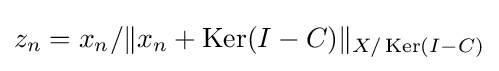
{\textstyle z_{n}=x_{n}/\|x_{n}+\operatorname {Ker} (I-C)\|_{X/\operatorname {Ker} (I-C)}}